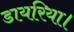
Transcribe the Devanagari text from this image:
डायरिया।